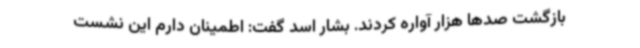
بازگشت صدها هزار آواره کردند. بشار اسد گفت: اطمینان دارم این نشست